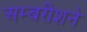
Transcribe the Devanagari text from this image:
अम्बरीशने